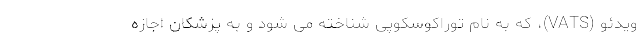
ویدئو (VATS)، که به نام توراکوسکوپی شناخته می شود و به پزشکان اجازه